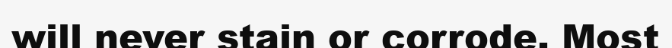
will never stain or corrode. Most